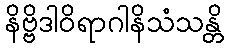
နိဗ္ဗိဒါဝိရာဂါနိသံသန္တိ